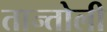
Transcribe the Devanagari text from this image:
तान्तोली